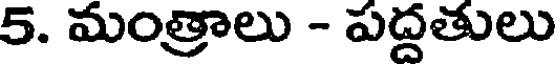
5. మంత్రాలు - పద్దతులు